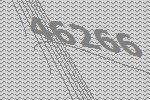
46266